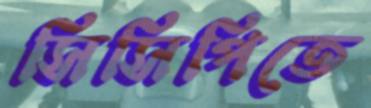
সিসিপিতে